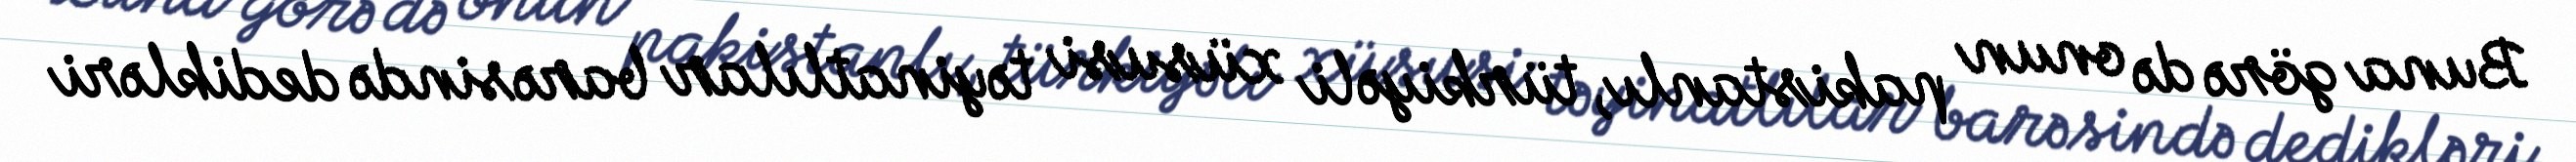
Buna görə də onun pakistanlı, türkiyəli xüsusi təyinatlılar barəsində dedikləri